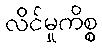
လိင်မှုကိစ္စ